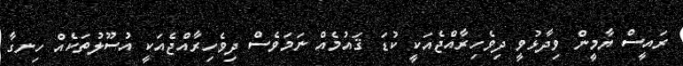
ރައީސް ޔާމީން ވިދާޅުވީ ދިވެހިރާއްޖެއަކީ ކުޑަ ޤައުމެއް ނަމަވެސް ދިވެހިރާއްޖެއަކީ އުސޫލުތަކެއް ހިނގާ